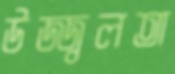
উজ্জ্বলতা